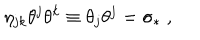
\eta _ { j k } \theta ^ { j } \theta ^ { k } \equiv \theta _ { j } \theta ^ { j } = \sigma _ { \ast } \; ,